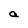
Character: a